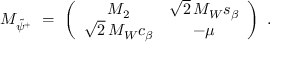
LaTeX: { \cal M } _ { \tilde { \psi } ^ { + } } \ = \ \left( \begin{array} { c c } { { M _ { 2 } } } & { { \sqrt 2 \, M _ { W } s _ { \beta } } } \\ { { \sqrt 2 \, M _ { W } c _ { \beta } } } & { { - \mu } } \end{array} \right) \ .